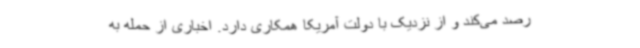
رصد می‌کند و از نزدیک با دولت آمریکا همکاری دارد. اخباری از حمله به